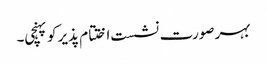
بہر صورت نشست اختتام پذیر کو پہنچی۔